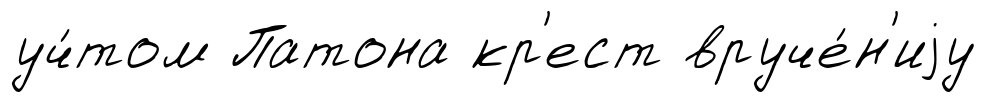
уч́том Патона кр'ест вруче́н'иjу